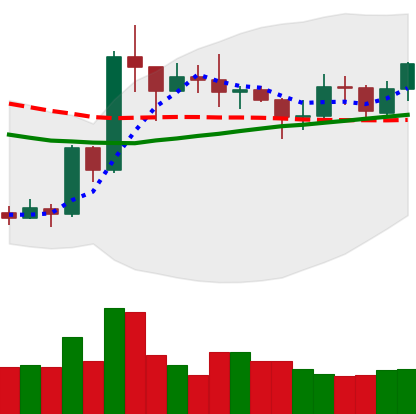
Ticker: XRP-USD
Chart end date: 2020-07-22
Forward return: 9.998%
Label: up_7plus